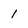
Character: 1